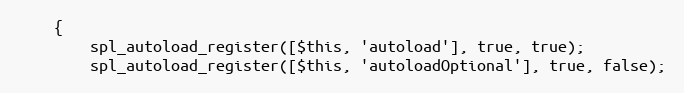
Language: PHP
    {
        spl_autoload_register([$this, 'autoload'], true, true);
        spl_autoload_register([$this, 'autoloadOptional'], true, false);